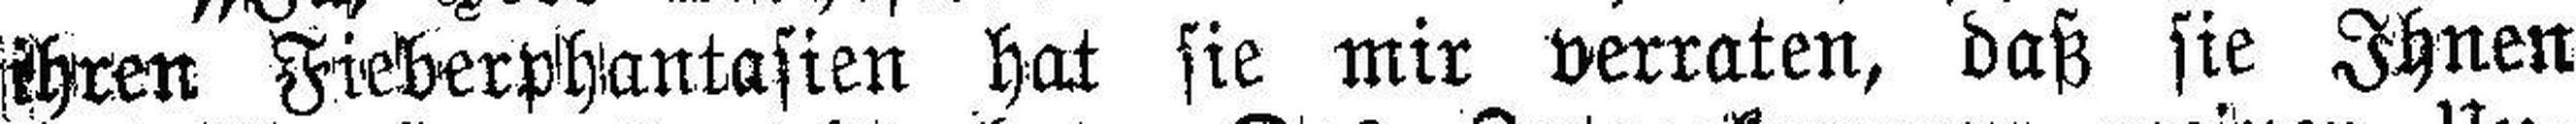
ihren Fieberphantasien hat sie mir verraten, daß sie Ihnen